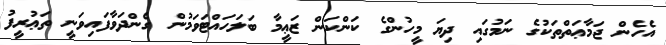
އެހެން ޖަމާޢަތްތަކުގެ ނަމުގައި ދިޔަ މީހުންގެ ކަންކަން ޒަޢީމާ ބަލަހައްޓަވަމުން ގެންދަވާފައިވަނީ ތަޢުރީފު